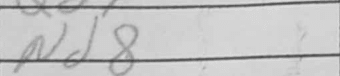
Transcription: Nd8